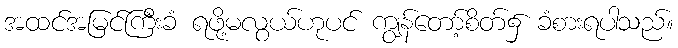
အထင်အမြင်ကြီးခံ ရဖို့မလွယ်ဟုပင် ကျွန်တော့်စိတ်၌ ခံစားရပါသည်။